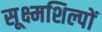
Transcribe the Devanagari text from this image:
सूक्ष्मशिल्पों